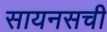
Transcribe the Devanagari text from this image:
सायनसची